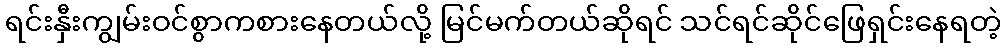
ရင်းနှီးကျွမ်းဝင်စွာကစားနေတယ်လို့ မြင်မက်တယ်ဆိုရင် သင်ရင်ဆိုင်ဖြေရှင်းနေရတဲ့